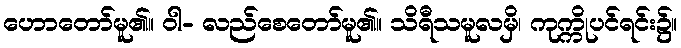
ဟောတော်မူ၏။ ဝါ- လည်စေတော်မူ၏။ သိရီသမူလမှိ၊ ကုက္ကိုပင်ရင်း၌။